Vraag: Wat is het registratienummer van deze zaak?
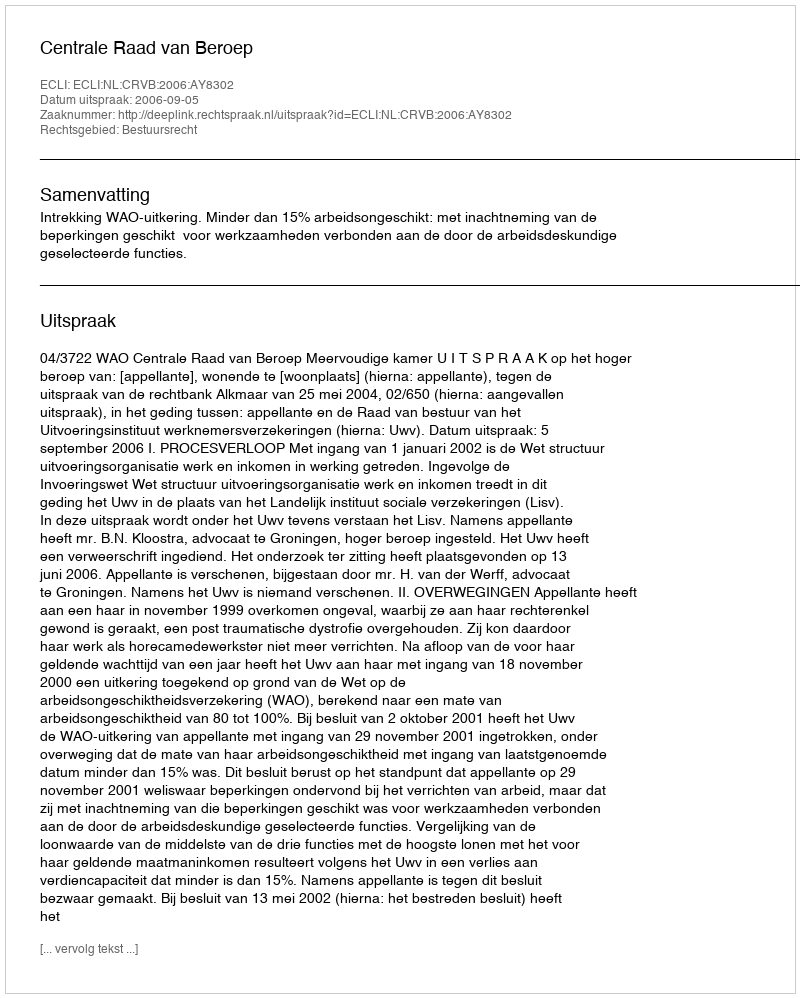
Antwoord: http://deeplink.rechtspraak.nl/uitspraak?id=ECLI:NL:CRVB:2006:AY8302